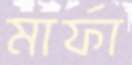
মার্ফা